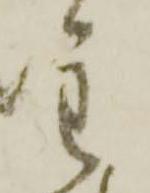
主